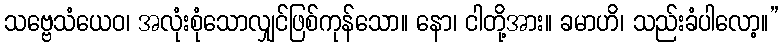
သဗ္ဗေသံယေဝ၊ အလုံးစုံသောလျှင်ဖြစ်ကုန်သော။ နော၊ ငါတို့အား။ ခမာဟိ၊ သည်းခံပါလော့။”